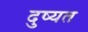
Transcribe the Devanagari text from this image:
दुष्यत